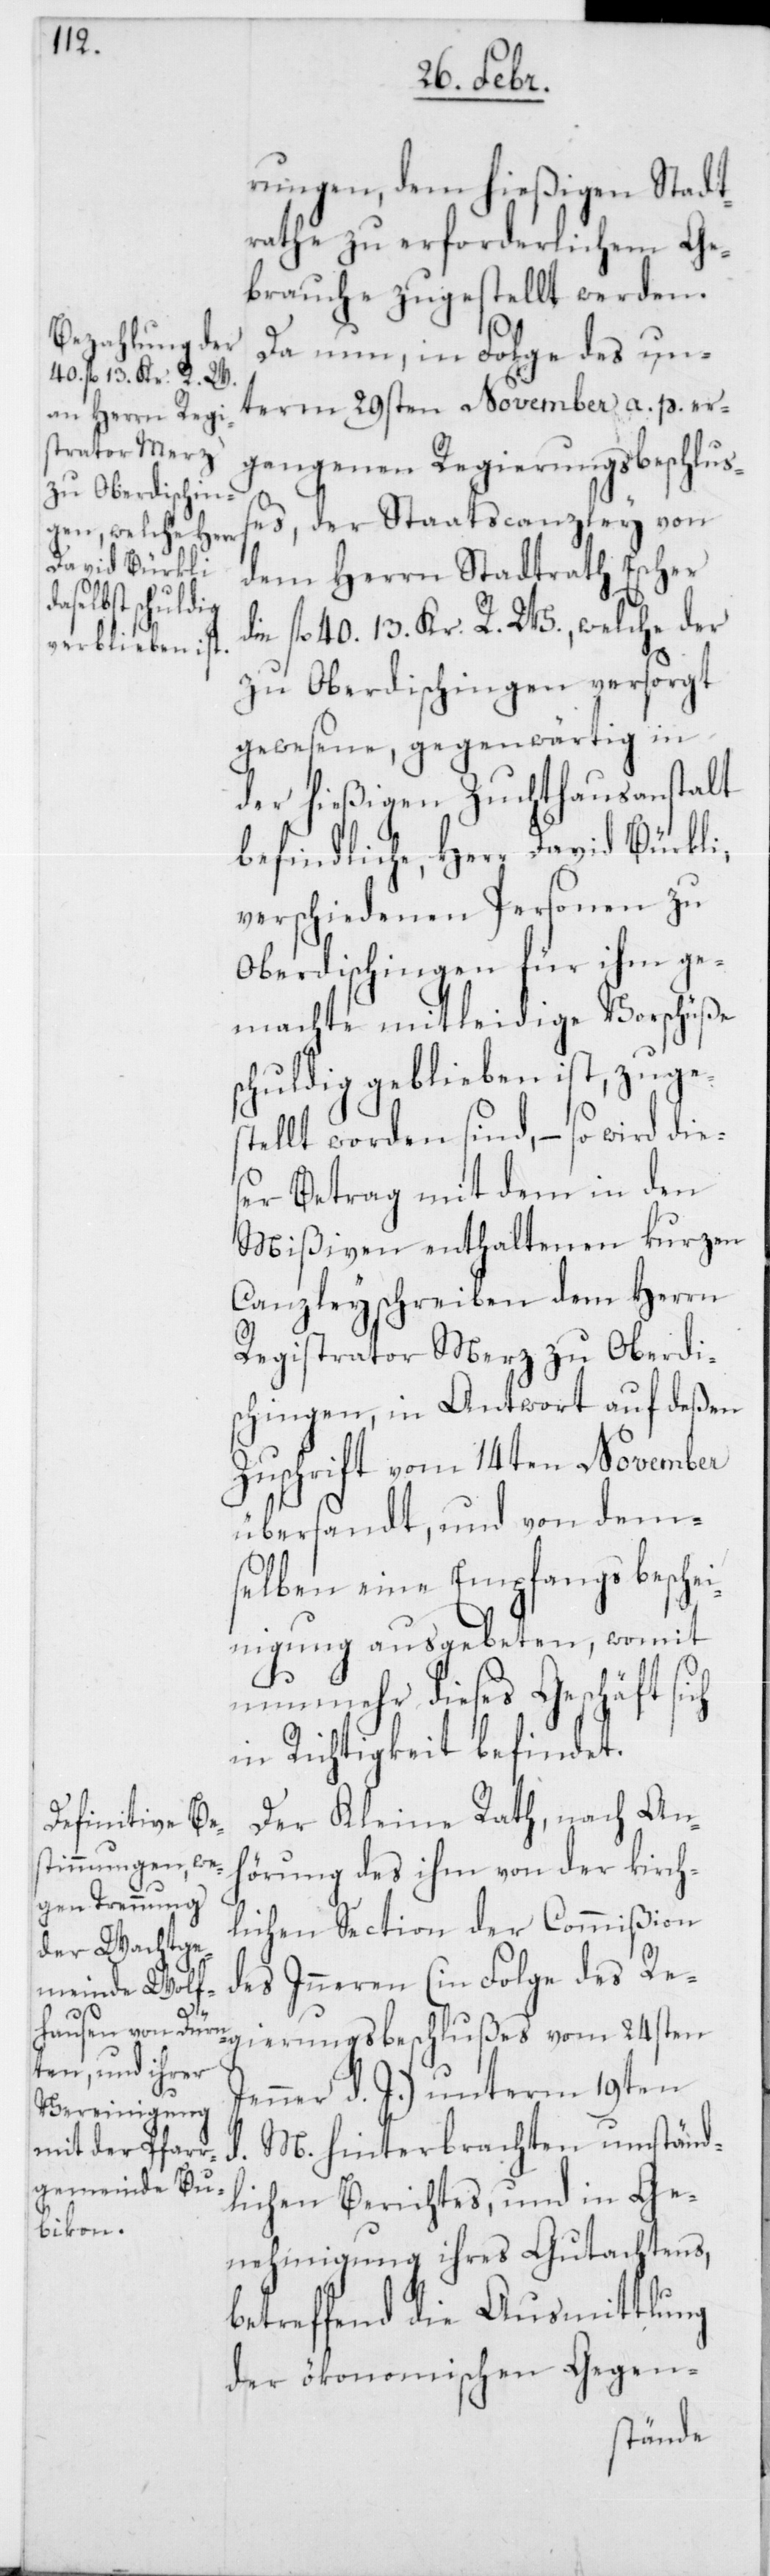
rungen, dem hießigen Stadt¬
rathe zu erforderlichem Ge¬
brauche zugestellt werden.
Da nun, in Folge des un¬
term 29sten November a. p. er¬
gangenen Regierungsbeschluß¬
es, der Staatscanzley von
dem Herrn Stadtrath Escher
die fl. 40. 13. Kr. R. W., welche der
zu Oberdischingen versorgt
gewesene, gegenwärtig in
der hießigen Zuchthausanstalt
befindliche, Herr David Bürkli,
verschiedenen Personen zu
Oberdischingen für ihn ge¬
machte mitleidige Vorschüße
schuldig geblieben ist, zuges¬
tellt worden sind, – so wird dies¬
er Betrag mit dem in den
Mißiven enthaltenen kurzen
Canzleyschreiben dem Herrn
Registrator Merz zu Oberdi¬
schingen, in Antwort auf deßen
Zuschrift vom 14ten November
übersandt, und von dem¬
selben eine Empfangsbeschei¬
nigung ausgebeten, womit
nunmehr dieses Geschäft sich
in Richtigkeit befindet.
Der Kleine Rath, nach Anh¬
örung des ihm von der kirch¬
lichen Section der Commißion
des Inneren (in Folge des Re¬
gierungsbeschlußes vom 24sten
Jenner d. J.) unterm 19ten
d. M. hinterbrachten umständ¬
lichen Berichtes, und in Ge¬
nehmigung ihres Gutachtens,
betreffend die Ausmittlung
der ökonomischen Gegen-